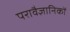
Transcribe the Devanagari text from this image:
परावैज्ञानिकों